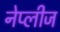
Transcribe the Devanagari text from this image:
नेप्लीज